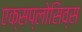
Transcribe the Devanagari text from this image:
एक्सप्लोसिव्स